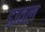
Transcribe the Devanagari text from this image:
डावल